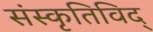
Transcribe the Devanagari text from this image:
संस्कृतिविद्